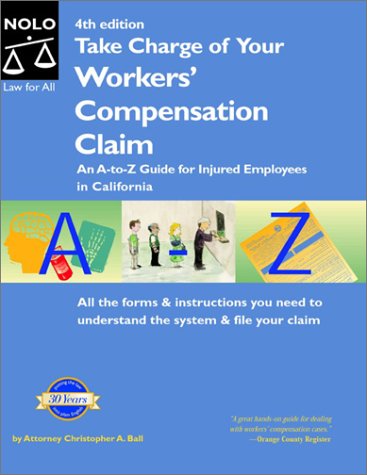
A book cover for Take Charge of Your Workers' Compensation Claim: An A to Z Guide for Injured Employees in California (Take Charge of Your Workers' Compensation Claim, 4th ed); Christopher A. Ball; Law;